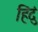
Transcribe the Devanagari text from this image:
हिंदुं